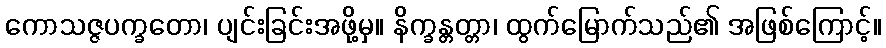
ကောသဇ္ဇပက္ခတော၊ ပျင်းခြင်းအဖို့မှ။ နိက္ခန္တတ္တာ၊ ထွက်မြောက်သည်၏ အဖြစ်ကြောင့်။